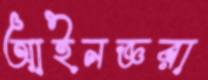
আইনজ্ঞরা